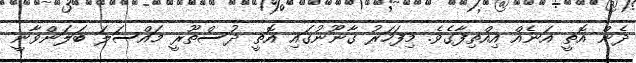
ދެން އޮތީ އަނެއް އިއްތިފާގެވެ. މިފަހަރު ގާނޫނުގައި އޮތީ ދުސްތޫރީ މައްސަލަ ބަލަންވާނީ